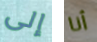
إلى أنا